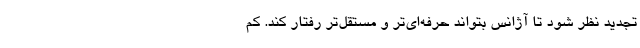
تجدید نظر شود تا آژانس بتواند حرفه‌ای‌تر و مستقل‌تر رفتار کند. کم